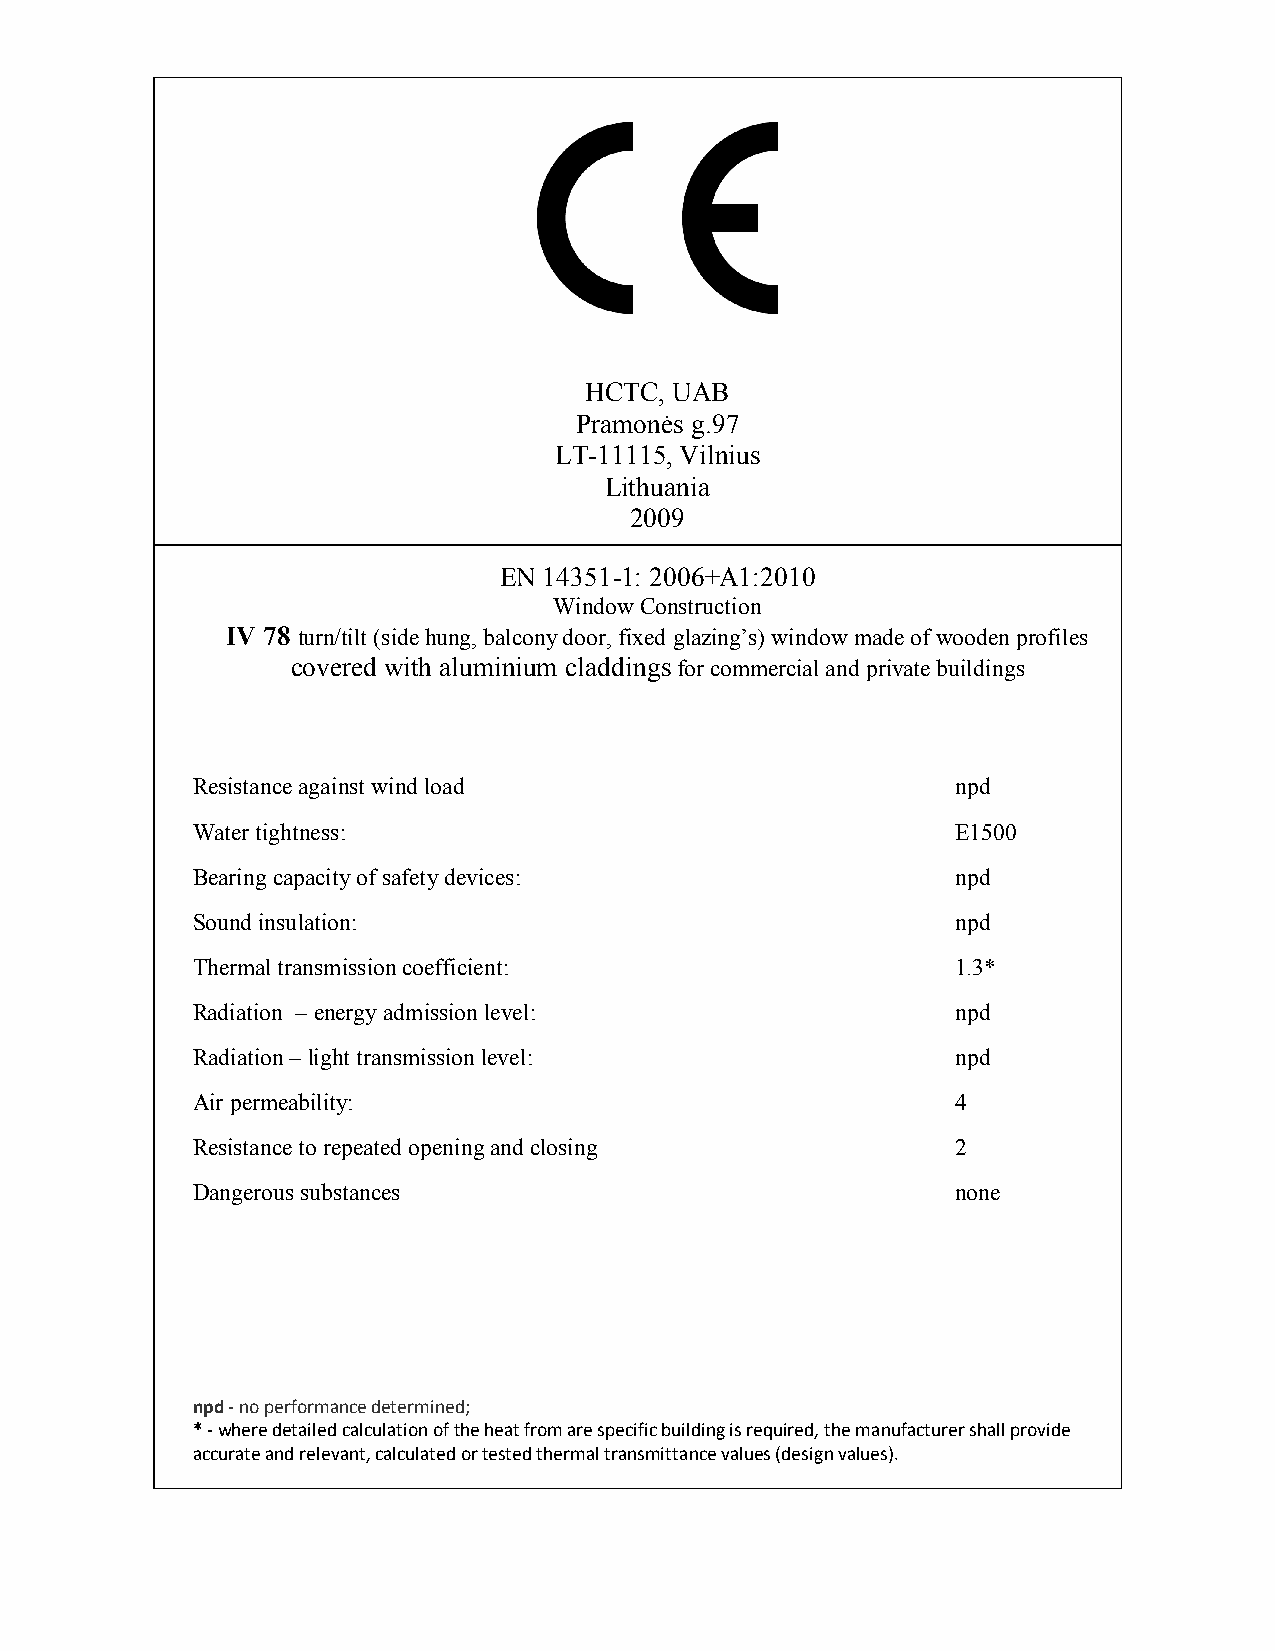
HCTC, UAB
 Pramonės g.97
 LT-11115, Vilnius
 Lithuania
 2009
 EN 14351-1: 2006+A1:2010
 Window Construction
 IV 78 turn/tilt (side hung, balcony door, fixed glazing’s) window made of wooden profiles
 covered with aluminium claddings for commercial and private buildings
 Resistance against wind load                      npd
 Water tightness:                                  E1500
 Bearing capacity of safety devices:               npd
 Sound insulation:                                 npd
 Thermal transmission coefficient:                 1.3*
 Radiation – energy admission level:               npd
 Radiation – light transmission level:             npd
 Air permeability:                                 4
 Resistance to repeated opening and closing        2
 Dangerous substances                              none
 npd - no performance determined;
 * - where detailed calculation of the heat from are specific building is required, the manufacturer shall provide
 accurate and relevant, calculated or tested thermal transmittance values (design values).